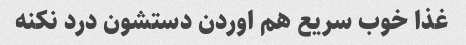
غذا خوب سریع هم اوردن دستشون درد نکنه